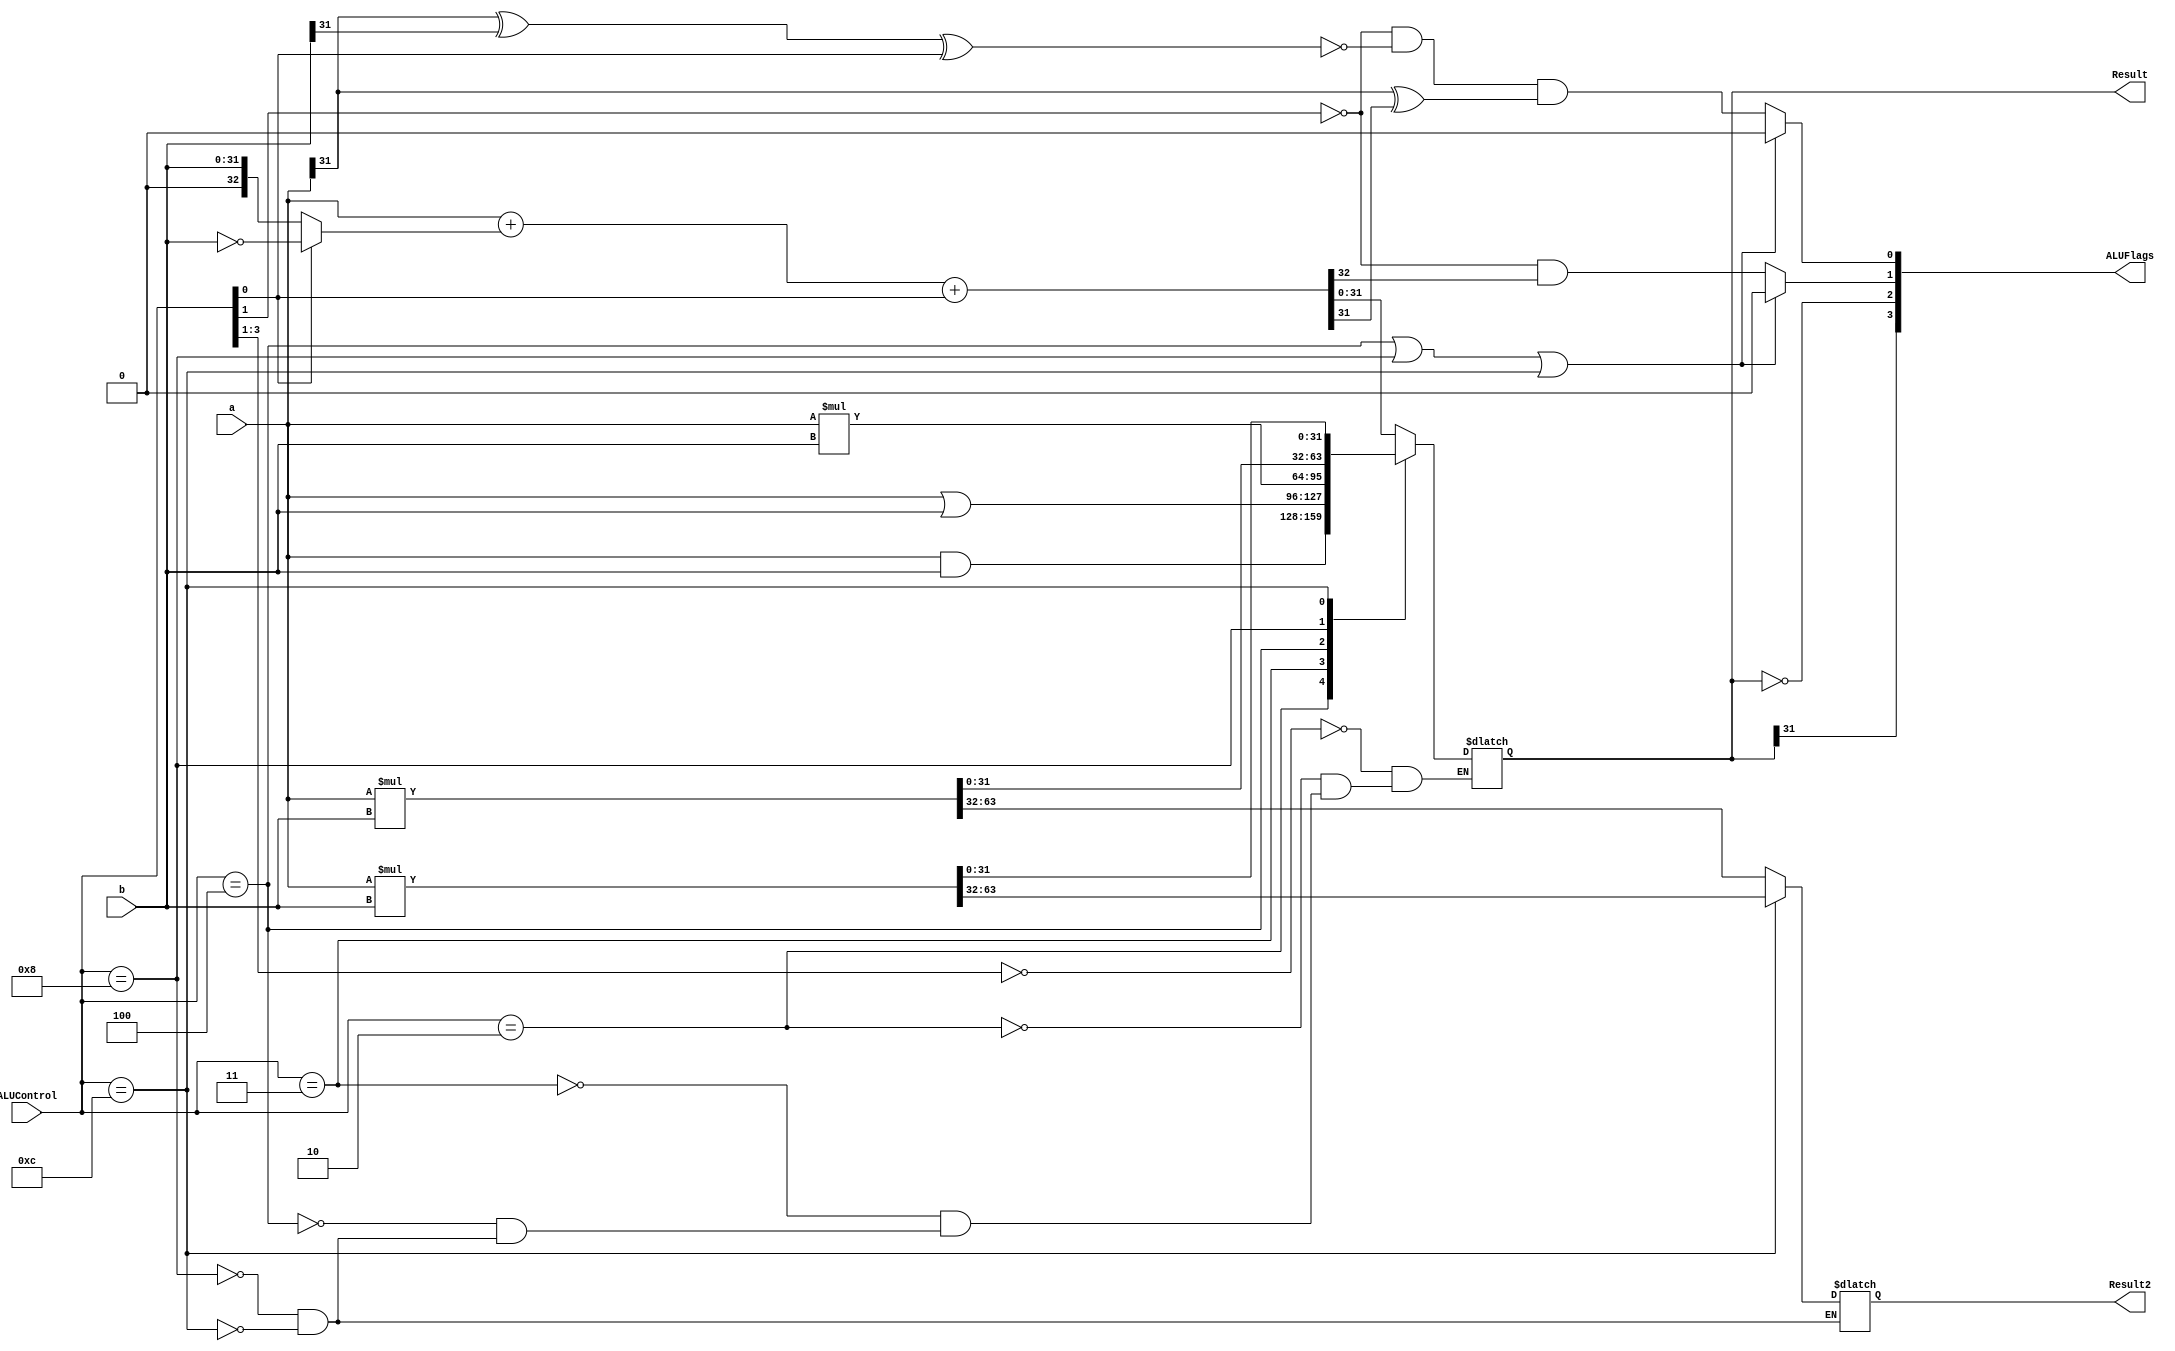
module alu(a, b, ALUControl, Result, ALUFlags, Result2);
  input [31:0] a, b;
  input [3:0] ALUControl; //
  output reg [31:0] Result;
  output wire [3:0] ALUFlags;
  output reg [31:0] Result2;
  reg [63:0] aux;
  reg signed [63:0] tempAUX;
  reg signed [31:0] tempA;
  reg signed [31:0] tempB;
  reg tempCARRY;
  reg tempOVERFLOW;
  wire [32:0] sum;
  wire neg, zero, carry, overflow;

  
  
  assign sum = a + (ALUControl[0]? ~b:b) + ALUControl[0]; //2's complement

  always @(*)
    begin
      casex (ALUControl[3:0]) 
        4'b000?: Result=sum; //suma o resta
        4'b0010: Result=a&b; //and
				4'b0011: Result=a|b; //or
        4'b 0100: Result = a*b;// mull
        4'b 1000: begin // umull
          aux = a * b; 
          Result2= aux[63:32];
          Result= aux[31:0];
        end 
        4'b 1100: begin // smull
          tempA=a;
          tempB=b;
          tempAUX= tempA*tempB;
          Result2= tempAUX[63:32];
          Result= tempAUX[31:0];
          
        end 

    	endcase    
    end


  always @(*) begin
    if(ALUControl == 4'b 0100 || ALUControl == 4'b1000 || ALUControl == 4'b1100) begin
    tempCARRY=0;
    tempOVERFLOW=0;
    end
    else begin
    tempCARRY = (ALUControl[1]==1'b0) & sum[32];
    tempOVERFLOW = (ALUControl[1]==1'b0) & ~(a[31] ^ b[31] ^ ALUControl[0]) & (a[31] ^ sum[31]);
    end

  end
  
  //flags
  assign neg = Result[31]; // para umull y smull,
  assign zero = (Result == 32'b0); 
  assign carry = tempCARRY;
  assign overflow = tempOVERFLOW;

  
  assign ALUFlags= {neg, zero, carry, overflow};
  
endmodule





//testbench: alu_tb